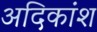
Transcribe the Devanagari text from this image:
अदिकांश